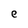
Character: e